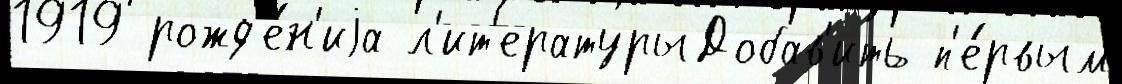
1919 рожд'е́н'иjа л'ит'ературыДобав'ить п'е́рвым